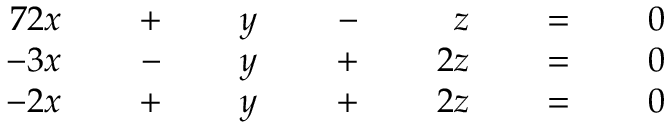
{ \begin{array} { r l r l r l r l r l r l r } { { 7 } 2 x } & { } & { \; + \; } & { } & { y } & { } & { \; - \; } & { } & { z } & { } & { \; = \; } & { } & { 0 } \\ { - 3 x } & { } & { \; - \; } & { } & { y } & { } & { \; + \; } & { } & { 2 z } & { } & { \; = \; } & { } & { 0 } \\ { - 2 x } & { } & { \; + \; } & { } & { y } & { } & { \; + \; } & { } & { 2 z } & { } & { \; = \; } & { } & { 0 } \end{array} }